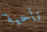
ناحية